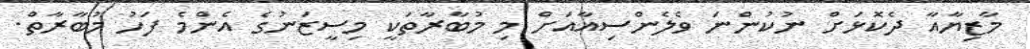
މާޒިޔާއާ ދެކޮޅަށް ނުކުންނަ ވެލެންސިއާއަށް މި މުބާރާތަކީ މިސީޒަނުގެ އެންމެ ފަހު މުބާރާތް.